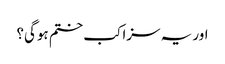
اور یہ سزا کب ختم ہوگی؟